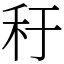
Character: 䄨